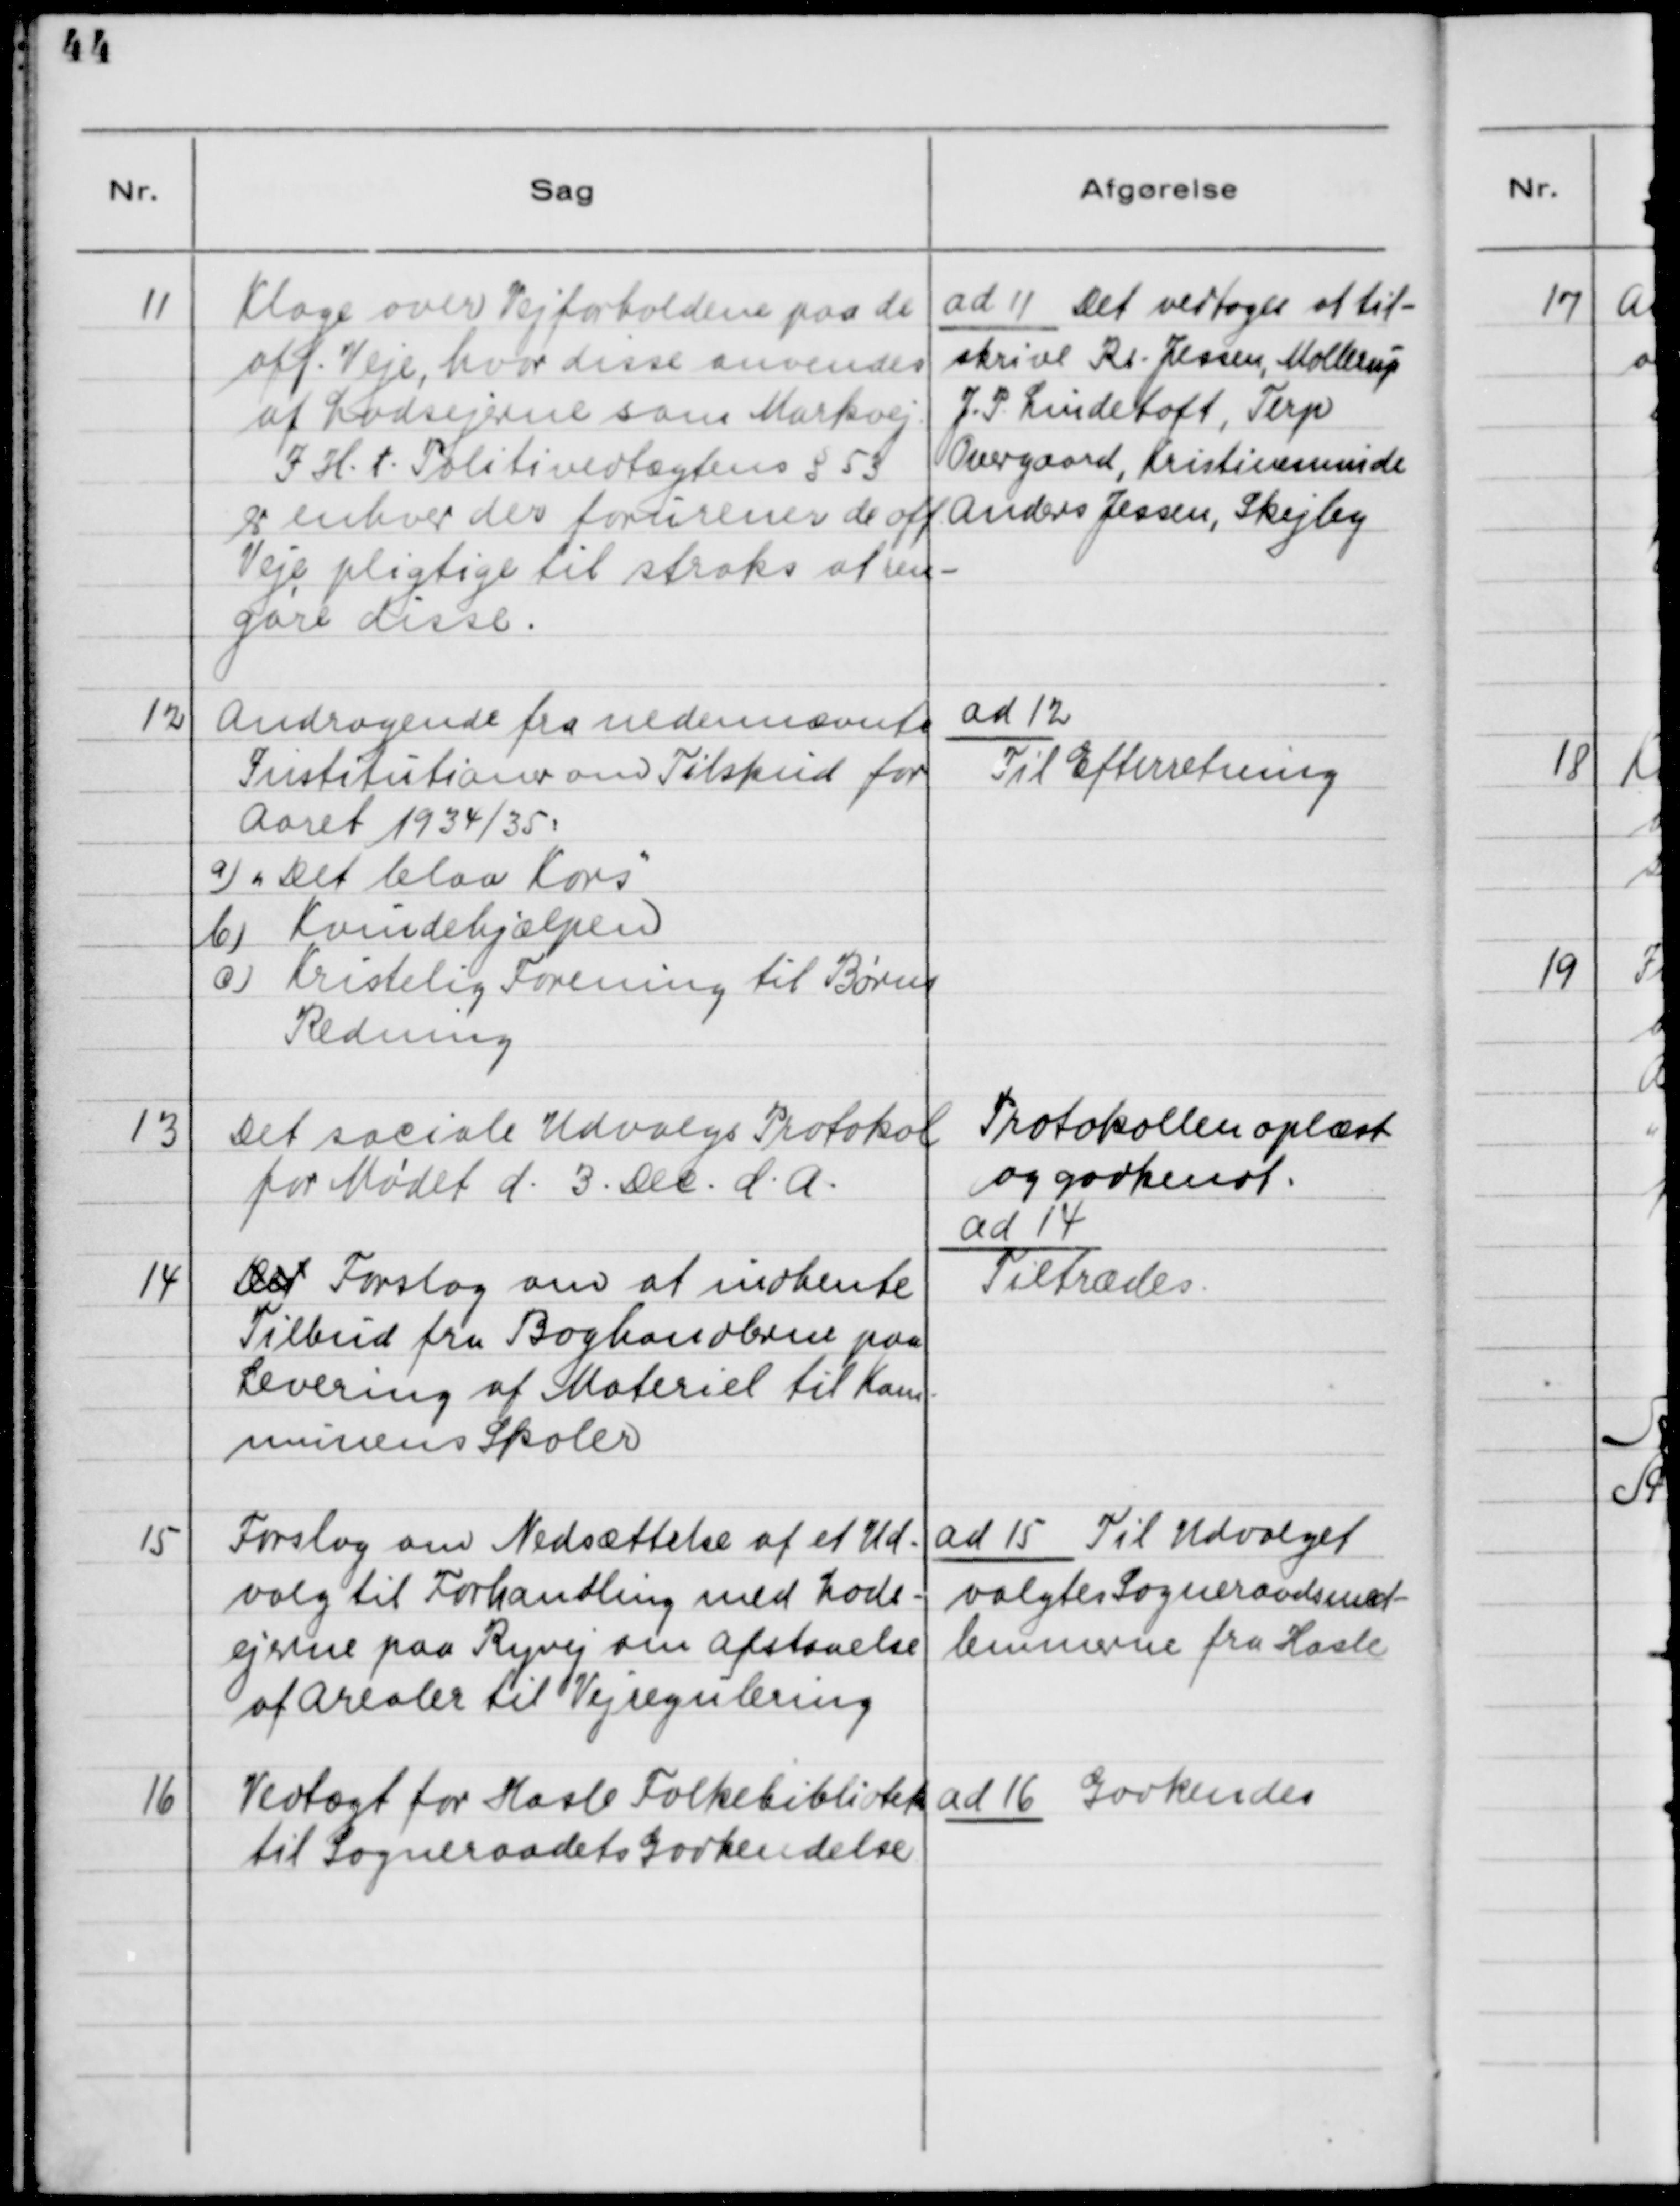
Transskription:
11

Klage over Vejforholdene paa de
off. Veje, hvor disse anvendes
af Lodsejerne som Markvej.
i H.t. Politivedtægtens §53
er enhver der forurener de off.
Veje pligtige til straks af ren-
gøre disse.

ad 11 Det vedtoges at til-
skrive Rs. Jensen, Mollerup
J. P. Lindetoft, Terp
Overgaard, Kristiansminde
Andreas Jessen, Skejby

12

Andragende fra nedennævnte
Institutioner om Tilskud for
Aaret 1934/35:
a) "Det blaa Kors"
b) Kvindehjælpen
c) Kristelig Forening til Børns
Redning

ad 12
Til Efterretning

13

Det sociale Udvalgs Protokol
for Mødet d. 3. Dec. d.A.

Protokollen oplæst
og godkendt.

14

Det Forslag om at indhente
Tilbud fra Boghandlerne paa
Levering af Materiel til Kom-
munens Skoler

ad 14
Tiltrædes

15

Forslag om Nedsættelse af et Ud-
valg til Forhandling med Lods-
ejerne paa Ryvej om Afstaaelse
af Arealer til Vejregulering

ad 15 Til Udvalget
valgtes Sogneraadsmed-
lemmerne fra Hasle.

16

Vedtægt for Hasle Folkebibliotek
til Sogneraadets Godkendelse

ad 16 Godkendes